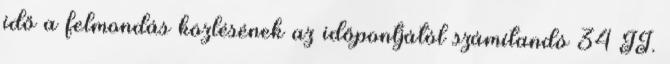
idő a felmondás közlésének az időpontjától számítandó 34 II.